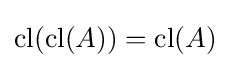
\operatorname {cl} (\operatorname {cl} (A))=\operatorname {cl} (A)